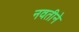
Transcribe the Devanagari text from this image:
नवतीने